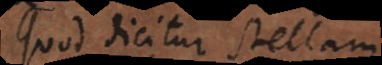
Quod dicitur stellam